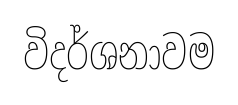
විදර්ශනාවම